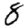
Digit: 8